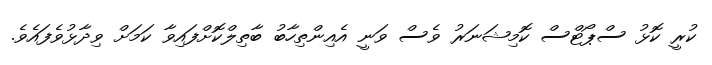
ކުރީ ކޮޅު ސްޕޯޓްސް ކޮމިޝަނަރު ވެސް ވަނީ އެއިންތިހާބު ބާތިލްކޮށްފައިވާ ކަމަށް ވިދާޅުވެފައެވެ.